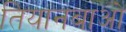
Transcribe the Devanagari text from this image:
तियानबाओ